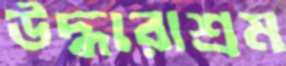
উদ্ধারাশ্রম